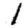
Digit: 1